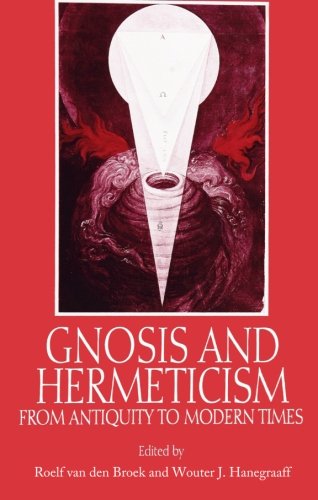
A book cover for Gnosis and Hermeticism from Antiquity to Modern Times (SUNY Series in Western Esoteric Traditions); Christian Books & Bibles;